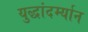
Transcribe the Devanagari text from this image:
युद्धांदर्म्यान